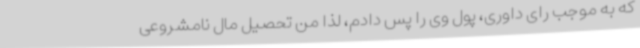
که به موجب رای داوری، پول وی را پس دادم، لذا من تحصیل مال نامشروعی